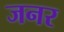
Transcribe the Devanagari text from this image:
जनर